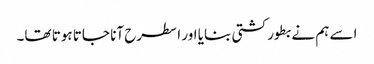
اسے ہم نے بطور کشتی بنایا اور ا سطرح آنا جاتا ہوتا تھا۔